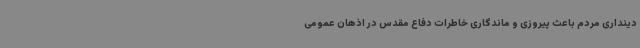
دینداری مردم باعث پیروزی و ماندگاری خاطرات دفاع مقدس در اذهان عمومی